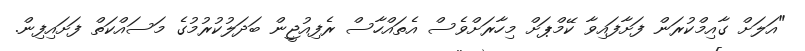
"އަލަށް ގާއިމްކުރަން ފަށާފައިވާ ކޭމްޕަށް މިހާރަށްވެސް އެތައްހާސް ރެފިއުޖީން ބަދަލުކުރުމުގެ މަސައްކަތް ފަށައިފިން.